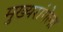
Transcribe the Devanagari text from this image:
मुख्यरांगेला